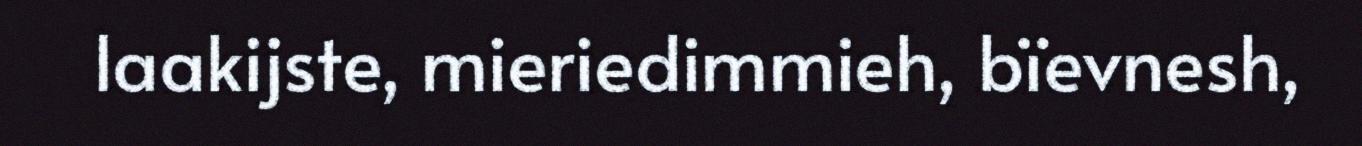
laakijste, mieriedimmieh, bïevnesh,